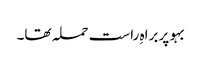
بہو پر براہِ راست حملہ تھا۔